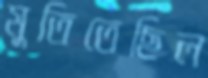
মুতিতেছিল